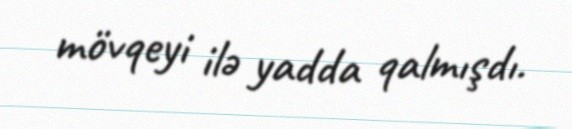
mövqeyi ilə yadda qalmışdı.